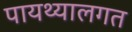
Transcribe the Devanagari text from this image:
पायथ्यालगत